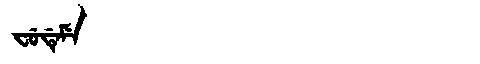
Manchu: ᠸᡠᡩᡝᠮᡝ
Romanization: FUDEME